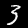
Digit: 3